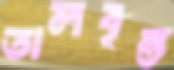
তালবৃন্ত